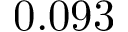
0 . 0 9 3